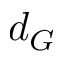
d _ { G }